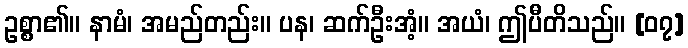
ဥစ္စာ၏။ နာမံ၊ အမည်တည်း။ ပန၊ ဆက်ဦးအံ့။ အယံ၊ ဤပီတိသည်။ [၀၇]